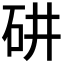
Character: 𥐹